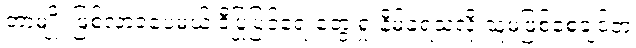
တာမျိုး ဖြစ်လာခဲ့ပေမယ့် ဒီပြုပြင်ရေးတွေ ရှုံးနိမ့်ခဲ့ရသလို သူမဖြစ်စေချင်တဲ့